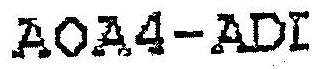
AOA4-ADI